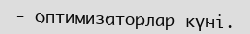
- оптимизаторлар күні.